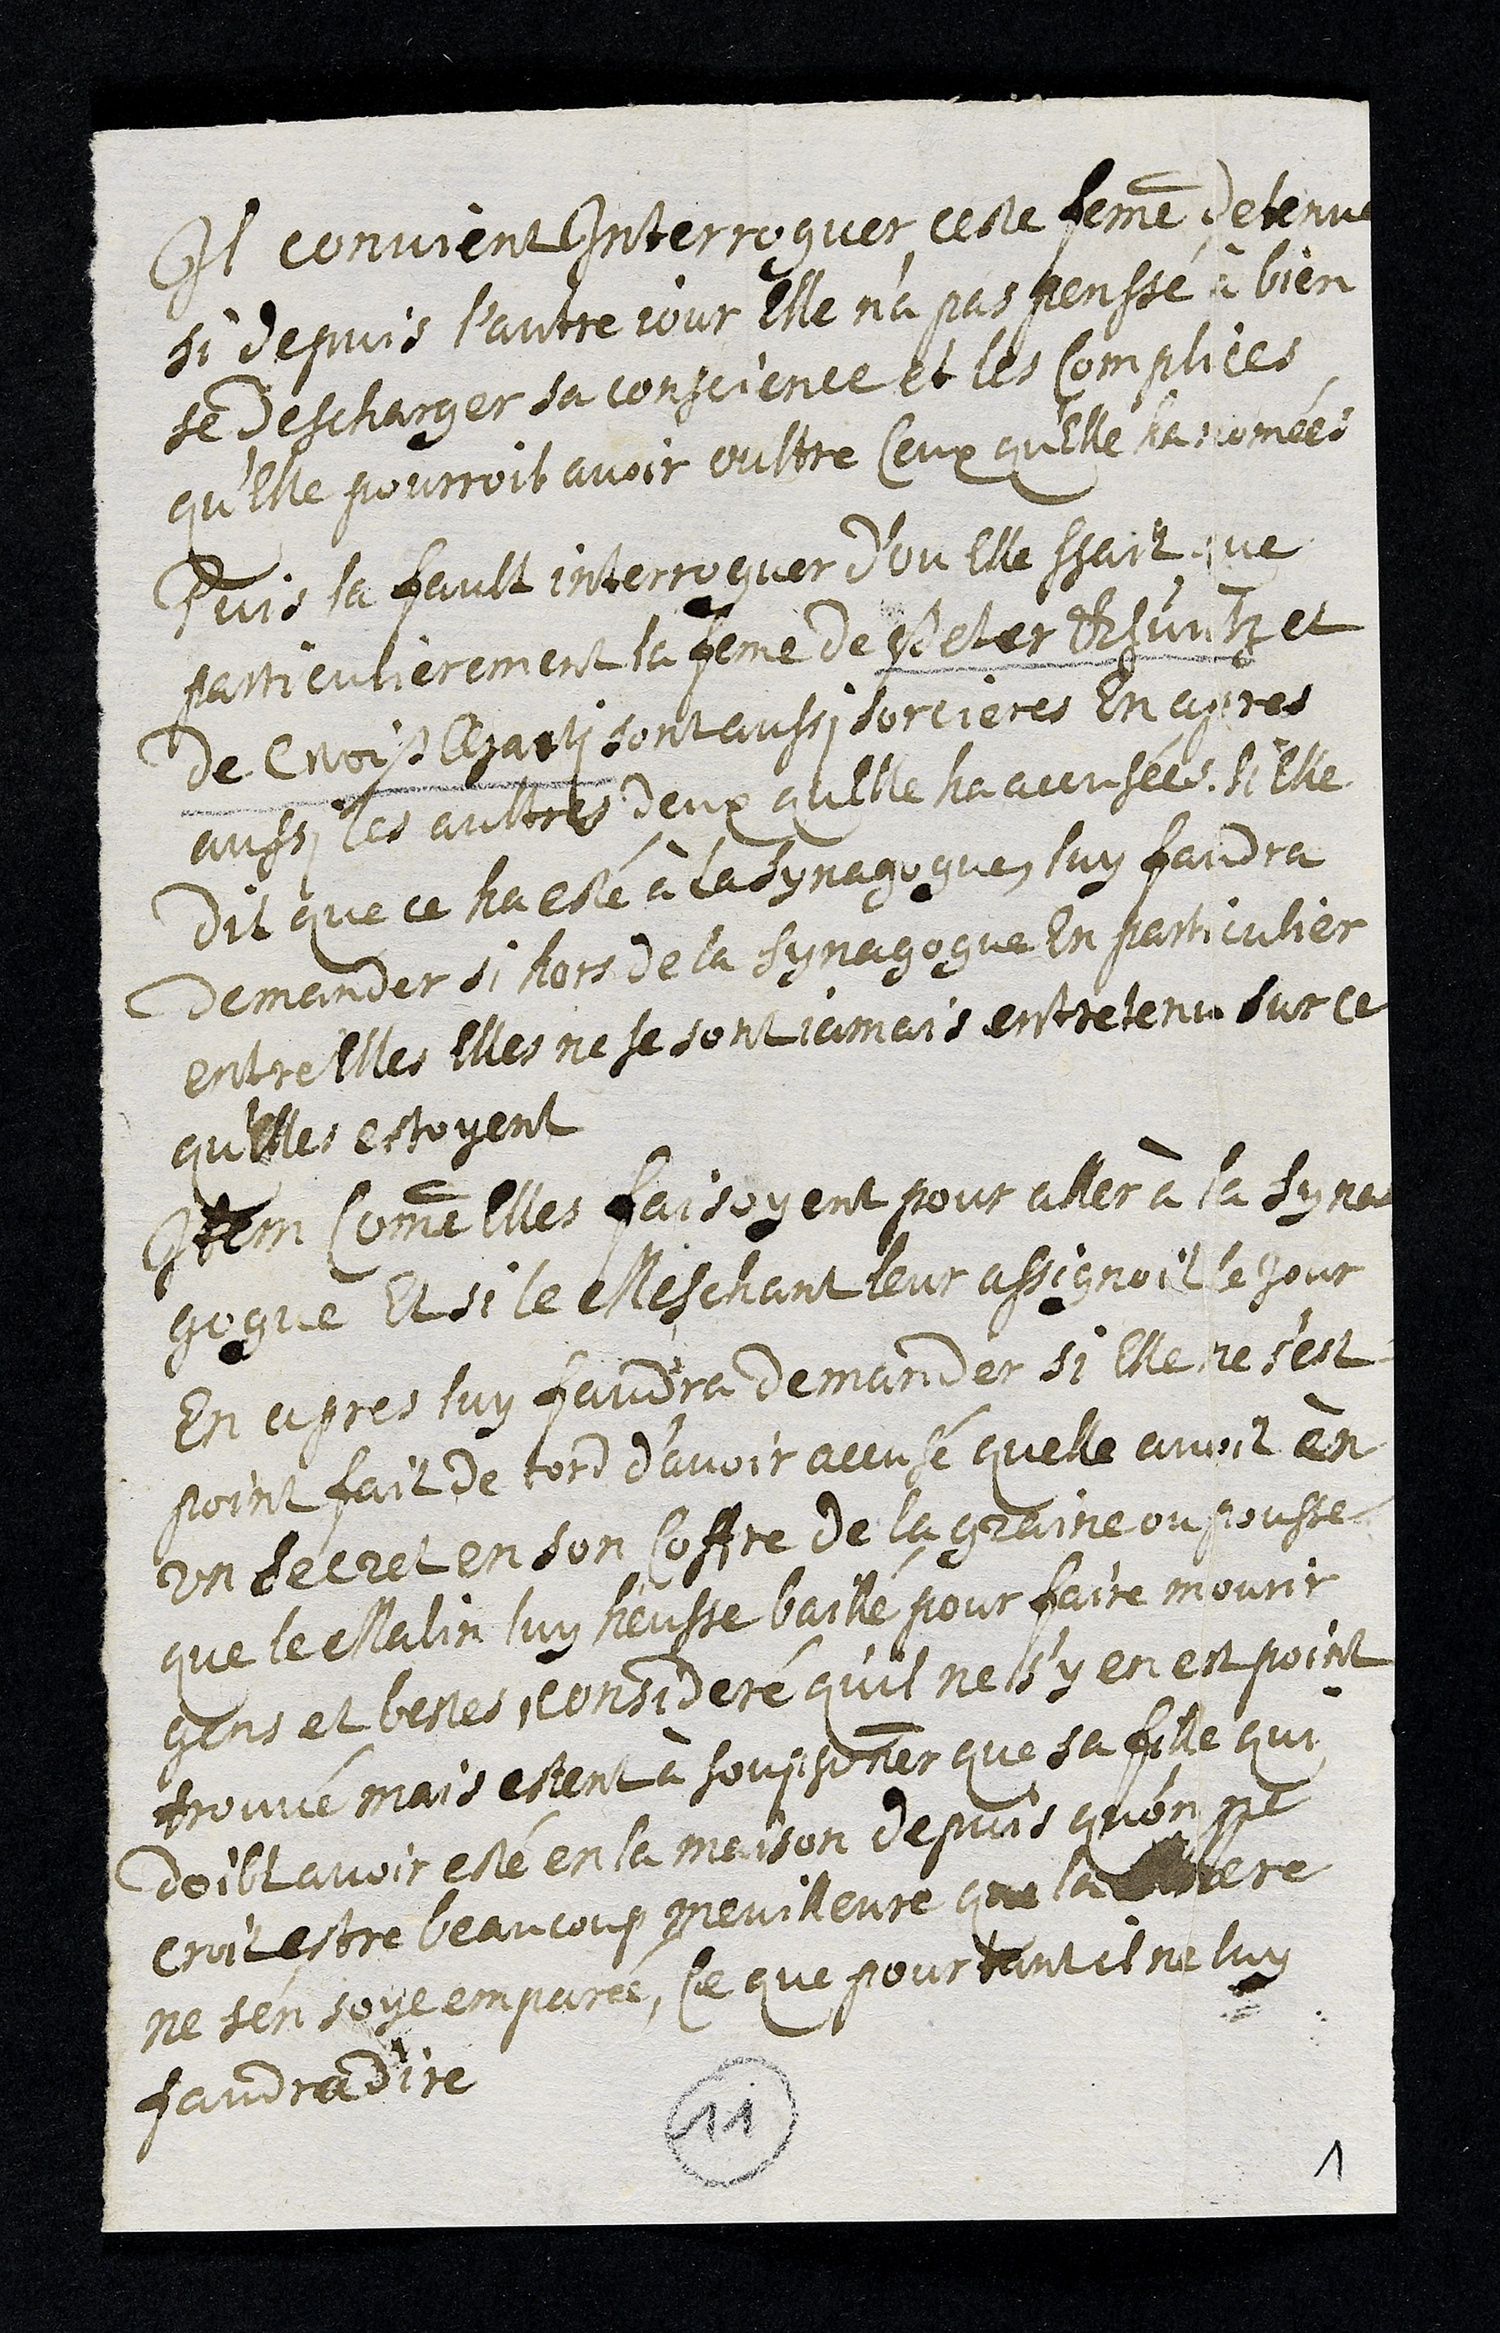
Il convient Interroguer ceste femme detenue
si depuis l’autre jour elle n'a pas penssé à bien
se descharger sa conscience et les complices
qu’elle pourroit avoir oultre ceux qu’elle ha nomées
Puis la fault interroguer d'ou Elle sçait que
particulierement la femme de Peter Khuntz et
de Wiß Marti sont aussi sorcieres en apres
aussi les aultres deux quelle ha accusées. Si Elle
dit que ce ha esté à la Synagogue luy faudra
demander si hors de la synagogue En particulier
entre Elles Elles ne se sont jamais entretenu sur ce
qu'Elles estoyent
Item comme Elles faisoyent pour aller à la syna
gogue Et si le Meschant leur assignoit le jour
En apres luy faudra demander si Elle ne s’est
point fait de tord d’avoir accusé quelle avoit en
un secret en son Coffre de la graine ou pousse
que le Malin luy heusse baillé pour faire mourir
gens et bestes, consideré qu’il ne s'y en est point
trouvé mais estent à soupsonner que sa fille qui
doibt avoir esté en la maison depuis qu'on ne
croit estre beaucoup meuilleure que la mere
ne s’en soye emparés, Ce que pourtant il ne luy
faudra dire
11
1